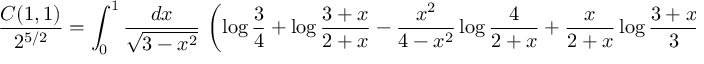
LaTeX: { \frac { C ( 1 , 1 ) } { 2 ^ { 5 / 2 } } } = \int _ { 0 } ^ { 1 } \frac { d x } { \sqrt { 3 - x ^ { 2 } } } \, \left( \log \frac 3 4 + \log \frac { 3 + x } { 2 + x } - \frac { x ^ { 2 } } { 4 - x ^ { 2 } } \log \frac { 4 } { 2 + x } + \frac { x } { 2 + x } \log \frac { 3 + x } { 3 } \right)